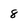
Character: 8